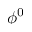
\phi ^ { 0 }